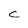
Character: C